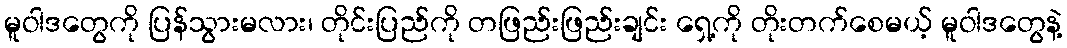
မူဝါဒတွေကို ပြန်သွားမလား၊ တိုင်းပြည်ကို တဖြည်းဖြည်းချင်း ရှေ့ကို တိုးတက်စေမယ့် မူဝါဒတွေနဲ့